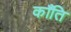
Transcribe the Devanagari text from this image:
काँति